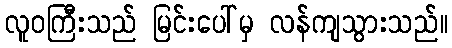
လူဝကြီးသည် မြင်းပေါ်မှ လန်ကျသွားသည်။